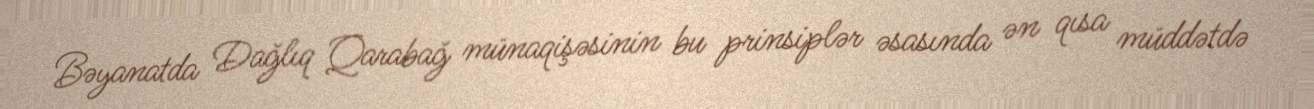
Bəyanatda Dağlıq Qarabağ münaqişəsinin bu prinsiplər əsasında ən qısa müddətdə